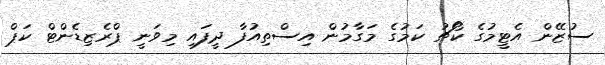
ސުޒޭން އެޓީމުގެ ކޯޗު ކަމުގެ މަގާމުން އިސްތިއުފާ ދީފައި މިވަނީ ޕްރެޒިޑެންޓް ކަޕް